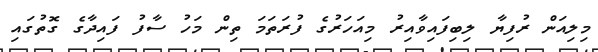
މިލިއަން ރުފިޔާ ލިބިފައިވާއިރު މިއަހަރުގެ ފުރަތަމަ ތިން މަހު ސާފު ފައިދާގެ ގޮތުގައި